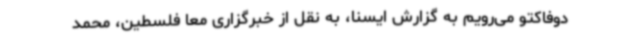
دوفاکتو می‌رویم به گزارش ایسنا، به نقل از خبرگزاری معا فلسطین، محمد